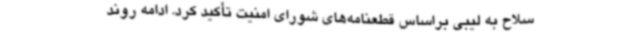
سلاح به لیبی براساس قطعنامه‌های شورای امنیت تأکید کرد. ادامه روند